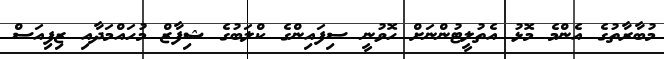
މުބާރާތުގެ އެންމެ މޮޅު އެތުލީޓުންނަށް ހޮވުނީ ސިފައިންގެ ކްލަބުގެ ޝިފާޒް މުހައްމަދާއި ޒިފިއަސް